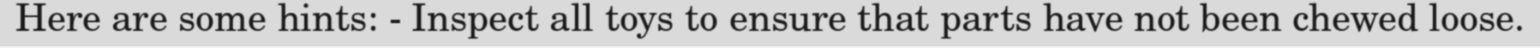
Here are some hints: - Inspect all toys to ensure that parts have not been chewed loose.